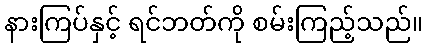
နားကြပ်နှင့် ရင်ဘတ်ကို စမ်းကြည့်သည်။